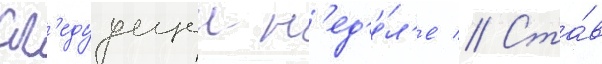
сл'едуущеи н'ед'е́л'е // Ста́в